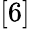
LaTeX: [6]